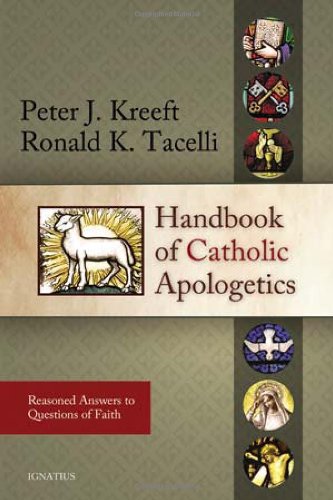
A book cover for Handbook of Catholic Apologetics: Reasoned Answers to Questions of Faith; Peter Kreeft; Christian Books & Bibles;